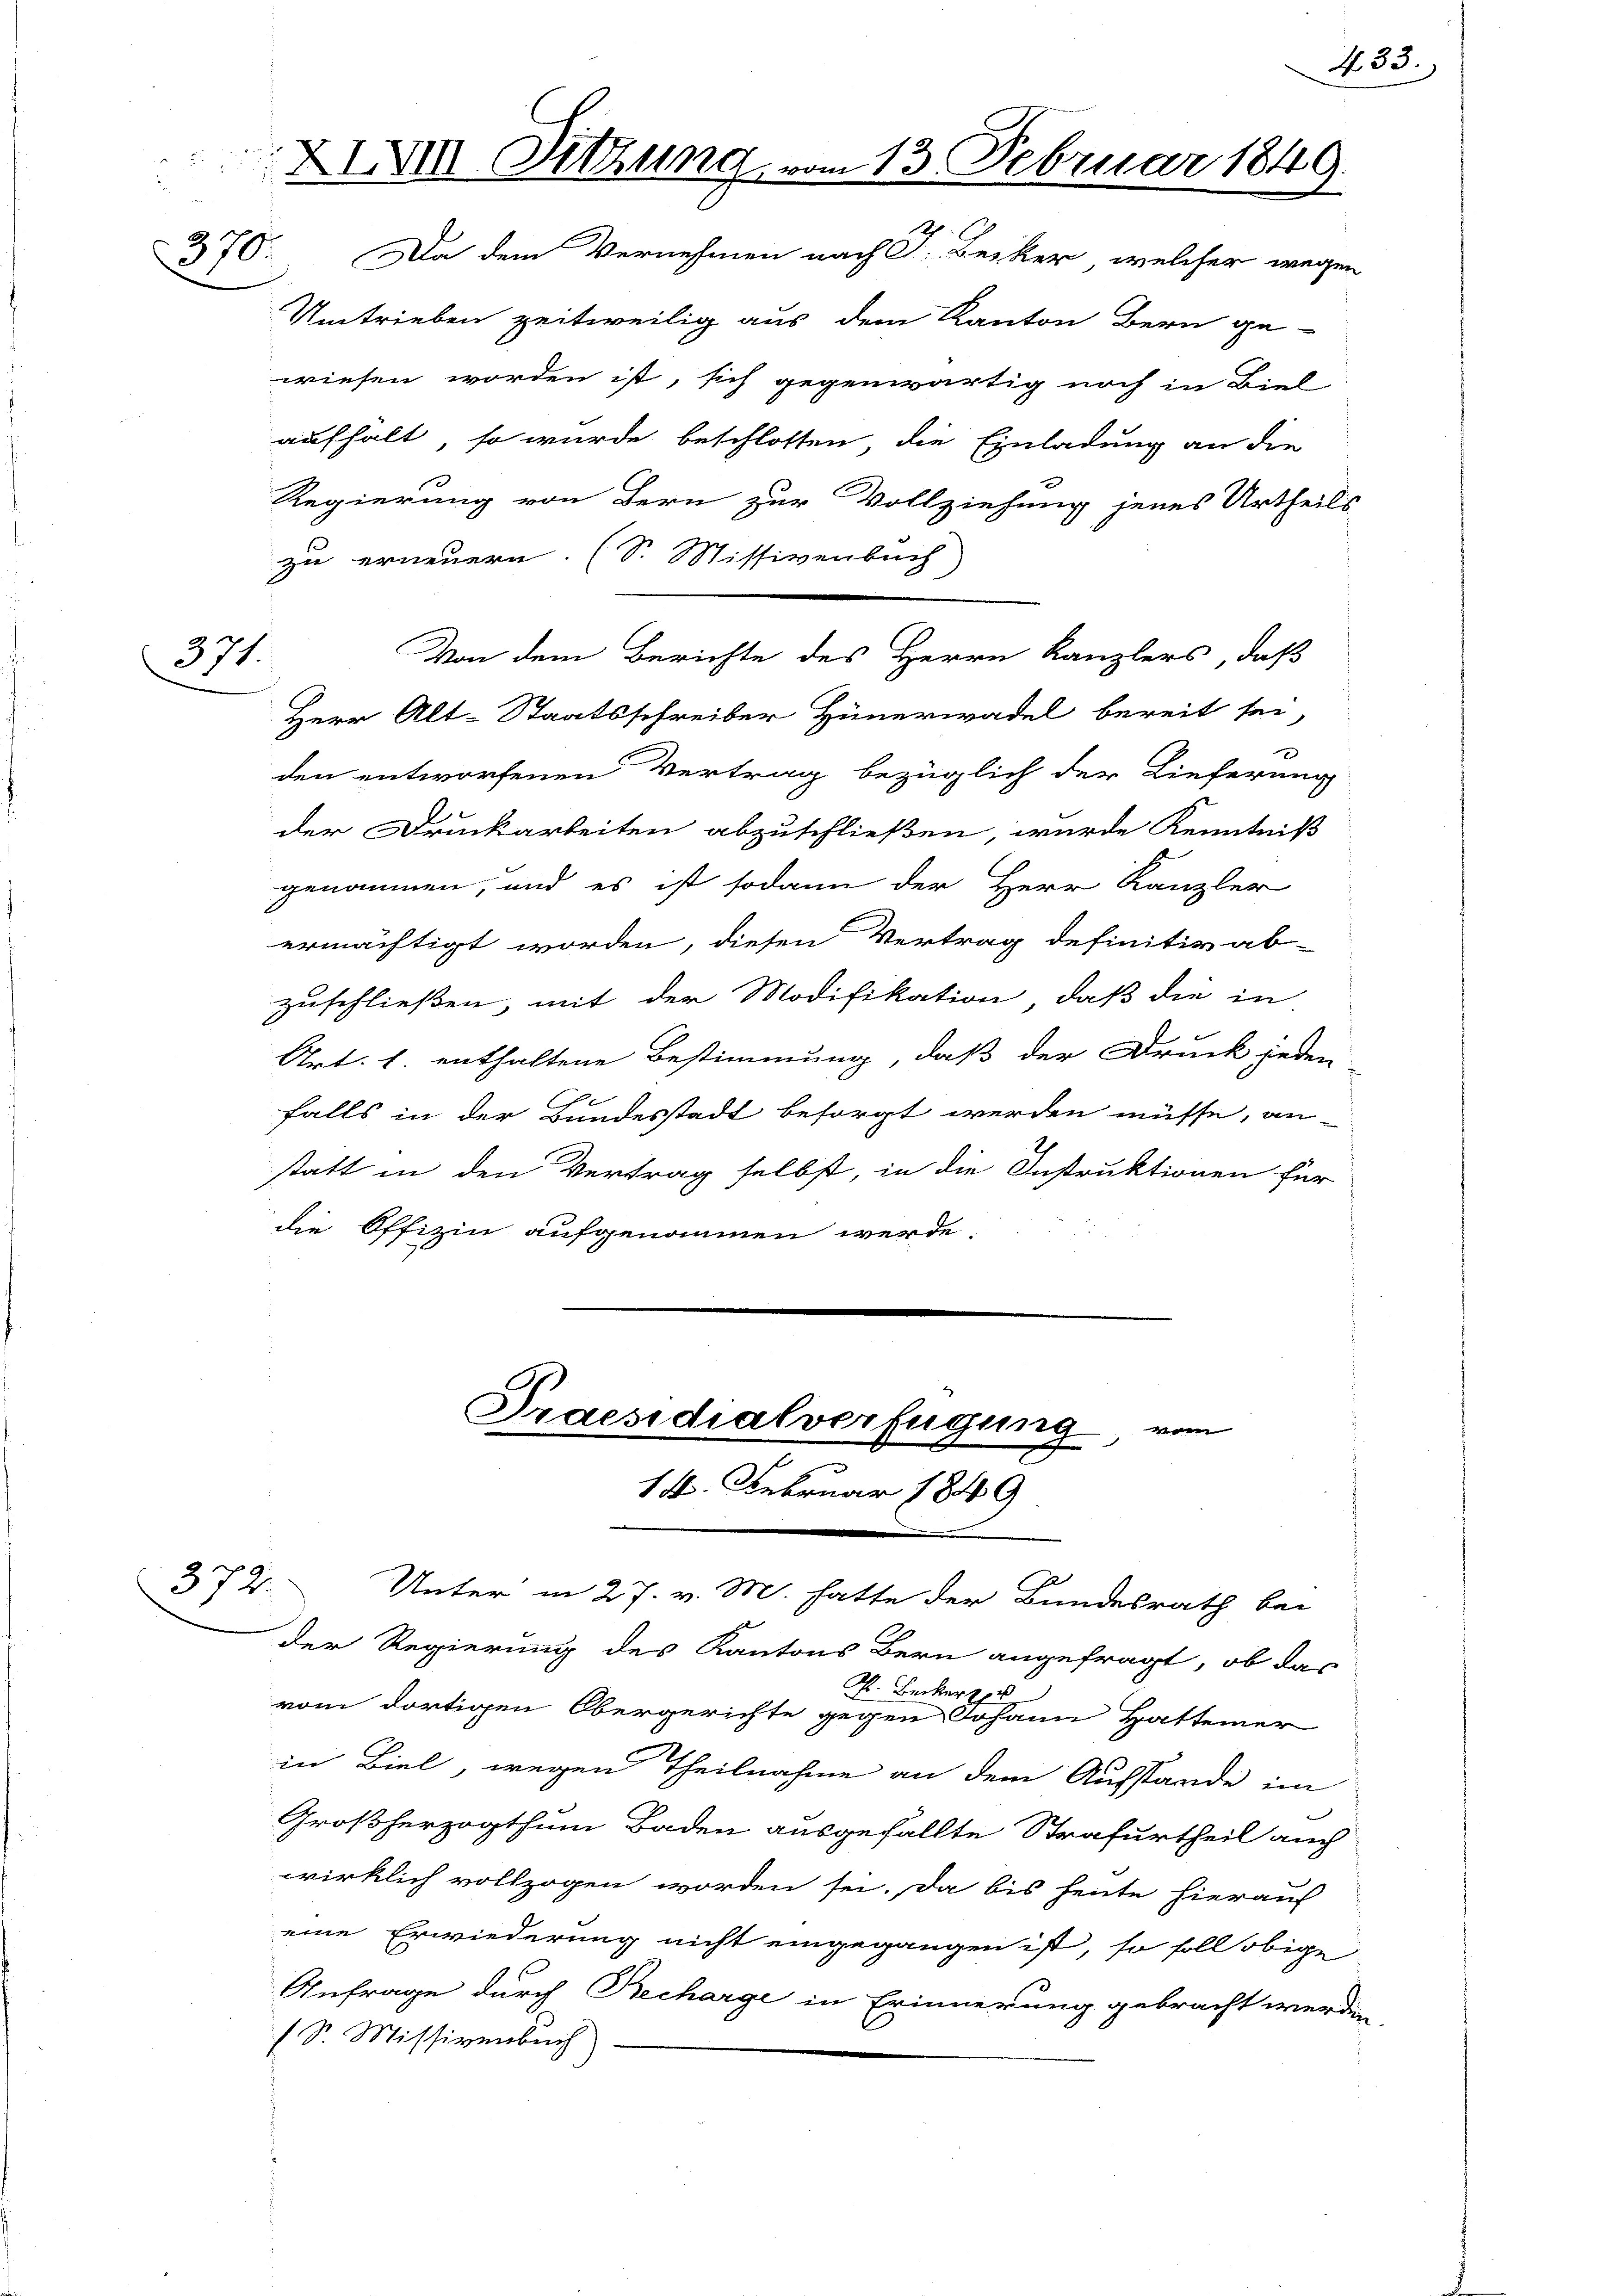
371.

372.

XIXIV Sitzung vom 13. Februar 1849.
370.
Da dem Vernehmen nach S. Becker, welcher wegen
Umtrieben zeitweilig aus dem Kanton Bern ge-

wiesen worden ist, sich gegenwärtig noch in Biel-
aufhalt, so wurde beschlossen, die Einladung an die
Regierung von Bern zur Vollziehung jenes Urtheils
zu erneuern. (S. Missivenbuch
Herr Alt-Staatsschreiber Hünerwadel bereit sei,
den entworfenen Vertrag bezüglich der Lieferung
der Druckarbeiten abzuschließen, wurde Kenntniß
genommen, und es ist sodann der Herr Kanzler
ermächtigt worden, diesen Vertrag definitiv ab-
zuschließen, mit der Modifikation, daß die in
Art. 1. enthaltene Bestimmung, daß der Druck jeden
falls in der Bandesstadt besorgt werden müsse, an-
statt in den Vertrag selbst, in die Instruktionen für
die Offizin aufgenommen werde.

Von dem Berichte des Herrn Kanzlers, daß

Praesidialverfügung von
14. Februar 1849
Unter in 27. v. M. hatte der Bundesrath bei

433.

der Regierung des Kantons Bern angefragt, ob das
A. Beckerte
vom dortigen Obergerichte gegen Johann Hattener
in Biel, wegen Theilnahme an dem Ausstände im
Großherzogthum Baden ausgefällte Strafurtheil auch
wirklich vollzogen worden sei. Da bis heute hierauf
eine Erwiederung nicht eingegangen ist, so soll obige
Anfrage durch Recharge in Erinnerung gebracht werden,
(Sr. Missivenbuch